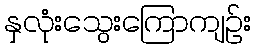
နှလုံးသွေးကြောကျဉ်း